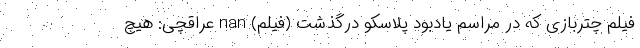
فیلم چتربازی که در مراسم یادبود پلاسکو درگذشت (فیلم) nan عراقچی: هیچ